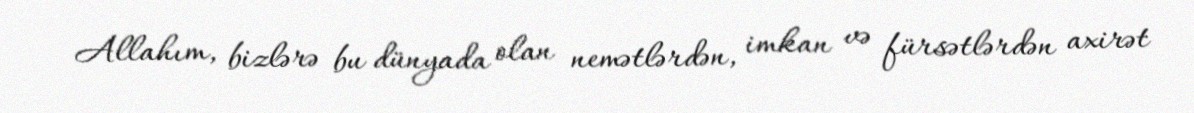
Allahım, bizlərə bu dünyada olan nemətlərdən, imkan və fürsətlərdən axirət